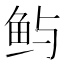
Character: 𫚈